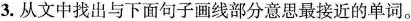
3.从文中找出与下面句子画线部分意思最接近的单词。